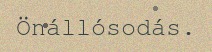
Önállósodás.